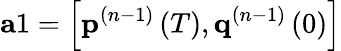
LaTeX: \mathbf{a}1=\left[\mathbf{p}^{(n-1)}\left(T\right),\mathbf{q}^{(n-1)}\left(0\right)\right]